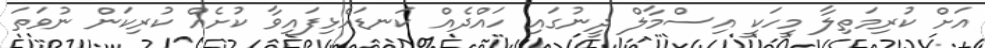
އަށް ކުރިމަތިލާ މީހަކީ އިސްމާލް ދީނުގައި ހައްދެއް ކަނޑައެޅިފައިވާ ކުށެއް ކުރިކަން ނުވަތަ